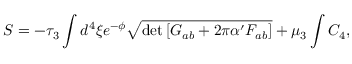
S = - \tau _ { 3 } \int d ^ { 4 } \xi e ^ { - \phi } \sqrt { \operatorname * { d e t } \left[ G _ { a b } + 2 \pi \alpha ^ { \prime } F _ { a b } \right] } + \mu _ { 3 } \int C _ { 4 } ,